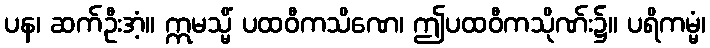
ပန၊ ဆက်ဦးအံ့။ ဣမသ္မိံ ပထဝီကသိဏေ၊ ဤပထဝီကသိုဏ်း၌။ ပရိကမ္မံ၊